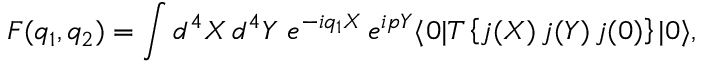
{ \cal { F } } ( q _ { 1 } , q _ { 2 } ) = \int d ^ { 4 } X \, d ^ { 4 } Y \ e ^ { - i q _ { 1 } X } \, e ^ { i p Y } \langle 0 | T \left\{ j ( X ) \, j ( Y ) \, j ( 0 ) \right\} | 0 \rangle ,